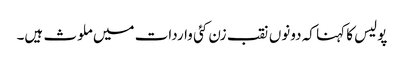
پولیس کا کہنا کہ دونوں نقب زن کئی واردات میں ملوث ہیں۔